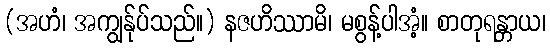
(အဟံ၊ အကျွန်ုပ်သည်။) နဇဟိဿာမိ၊ မစွန့်ပါအံ့။ စာတုရန္တာယ၊